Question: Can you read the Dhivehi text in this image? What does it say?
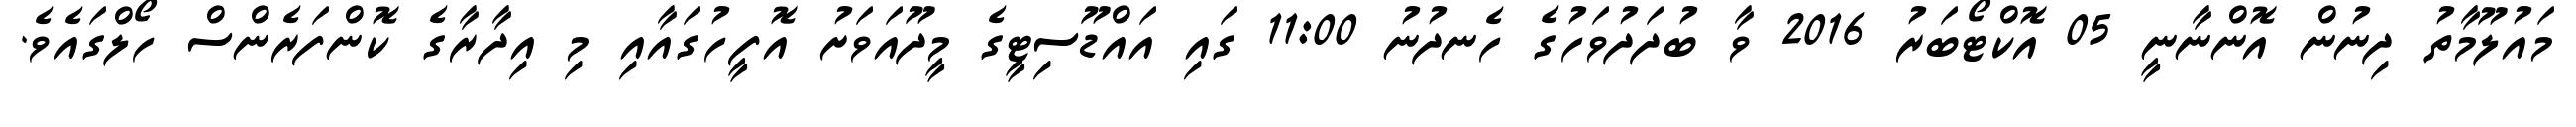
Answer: މައުލޫމާތު ދިނުން އޮންނާނީ 05 އޮކްޓޯބަރު 2016 ވާ ބުދަދުވަހުގެ ހެނދުނު 11:00 ގައި އައްޑޫސިޓީގެ މީދޫއަވަށު އޮފީހުގައާއި މި އިދާރާގެ ކޮންފަރެންސް ހޯލްގައެވެ.